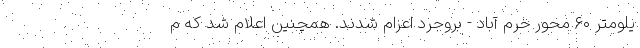
یلومتر ۶٠ محور خرم آباد - بروجرد اعزام شدند. همچنین اعلام شد که م